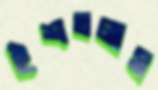
হুঁশতলাস